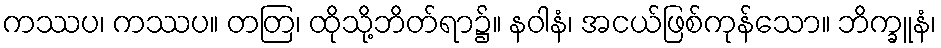
ကဿပ၊ ကဿပ။ တတြ၊ ထိုသို့ဘိတ်ရာ၌။ နဝါနံ၊ အငယ်ဖြစ်ကုန်သော။ ဘိက္ခူနံ၊